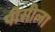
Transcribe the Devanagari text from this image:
पीसीला